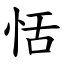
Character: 恬